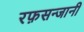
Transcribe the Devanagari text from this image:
रफ़सन्जानी